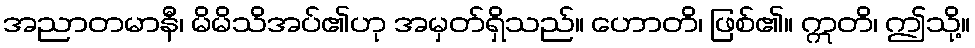
အညာတမာနီ၊ မိမိသိအပ်၏ဟု အမှတ်ရှိသည်။ ဟောတိ၊ ဖြစ်၏။ ဣတိ၊ ဤသို့။